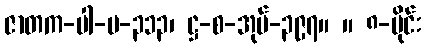
ဇာတက-ပါ-ပ-၃၁၃၊ ဋ္ဌ-စ-အုပ်-၃၉၇။ ။ ၈-ပိုင်း